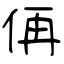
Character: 侢